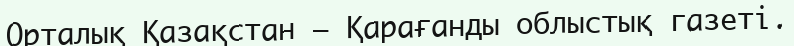
Орталық Қазақстан – Қарағанды облыстық газеті.